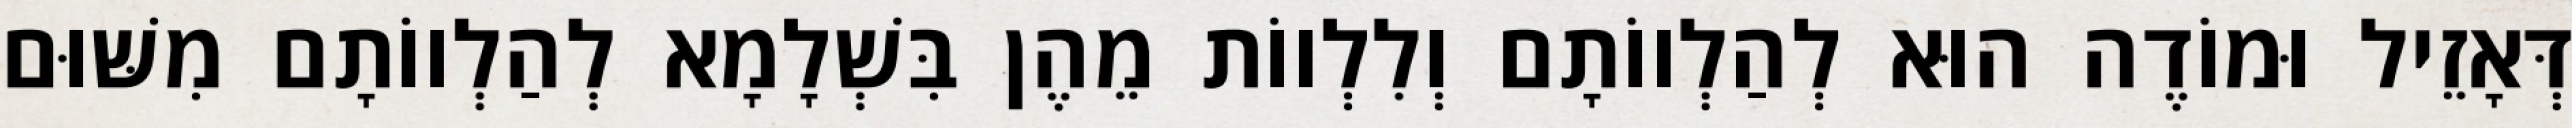
דְּאָזֵיל וּמוֹדֶה הוּא לְהַלְווֹתָם וְלִלְווֹת מֵהֶן בִּשְׁלָמָא לְהַלְווֹתָם מִשּׁוּם